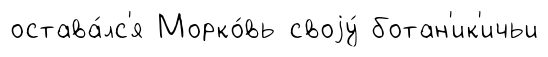
остава́лс'я Морко́вь своjу́ ботан'ик'ичьи